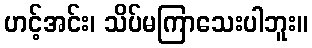
ဟင့်အင်း၊ သိပ်မကြာသေးပါဘူး။